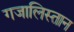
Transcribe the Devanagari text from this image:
गजालिस्तान